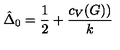
\hat { \Delta } _ { 0 } = { \frac { 1 } { 2 } } + { \frac { c _ { V } ( G ) ) } { k } }